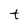
Character: t